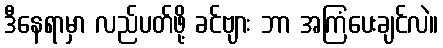
ဒီနေရာမှာ လည်ပတ်ဖို့ ခင်ဗျား ဘာ အကြံပေးချင်လဲ။